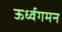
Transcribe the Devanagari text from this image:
ऊर्ध्वगमन